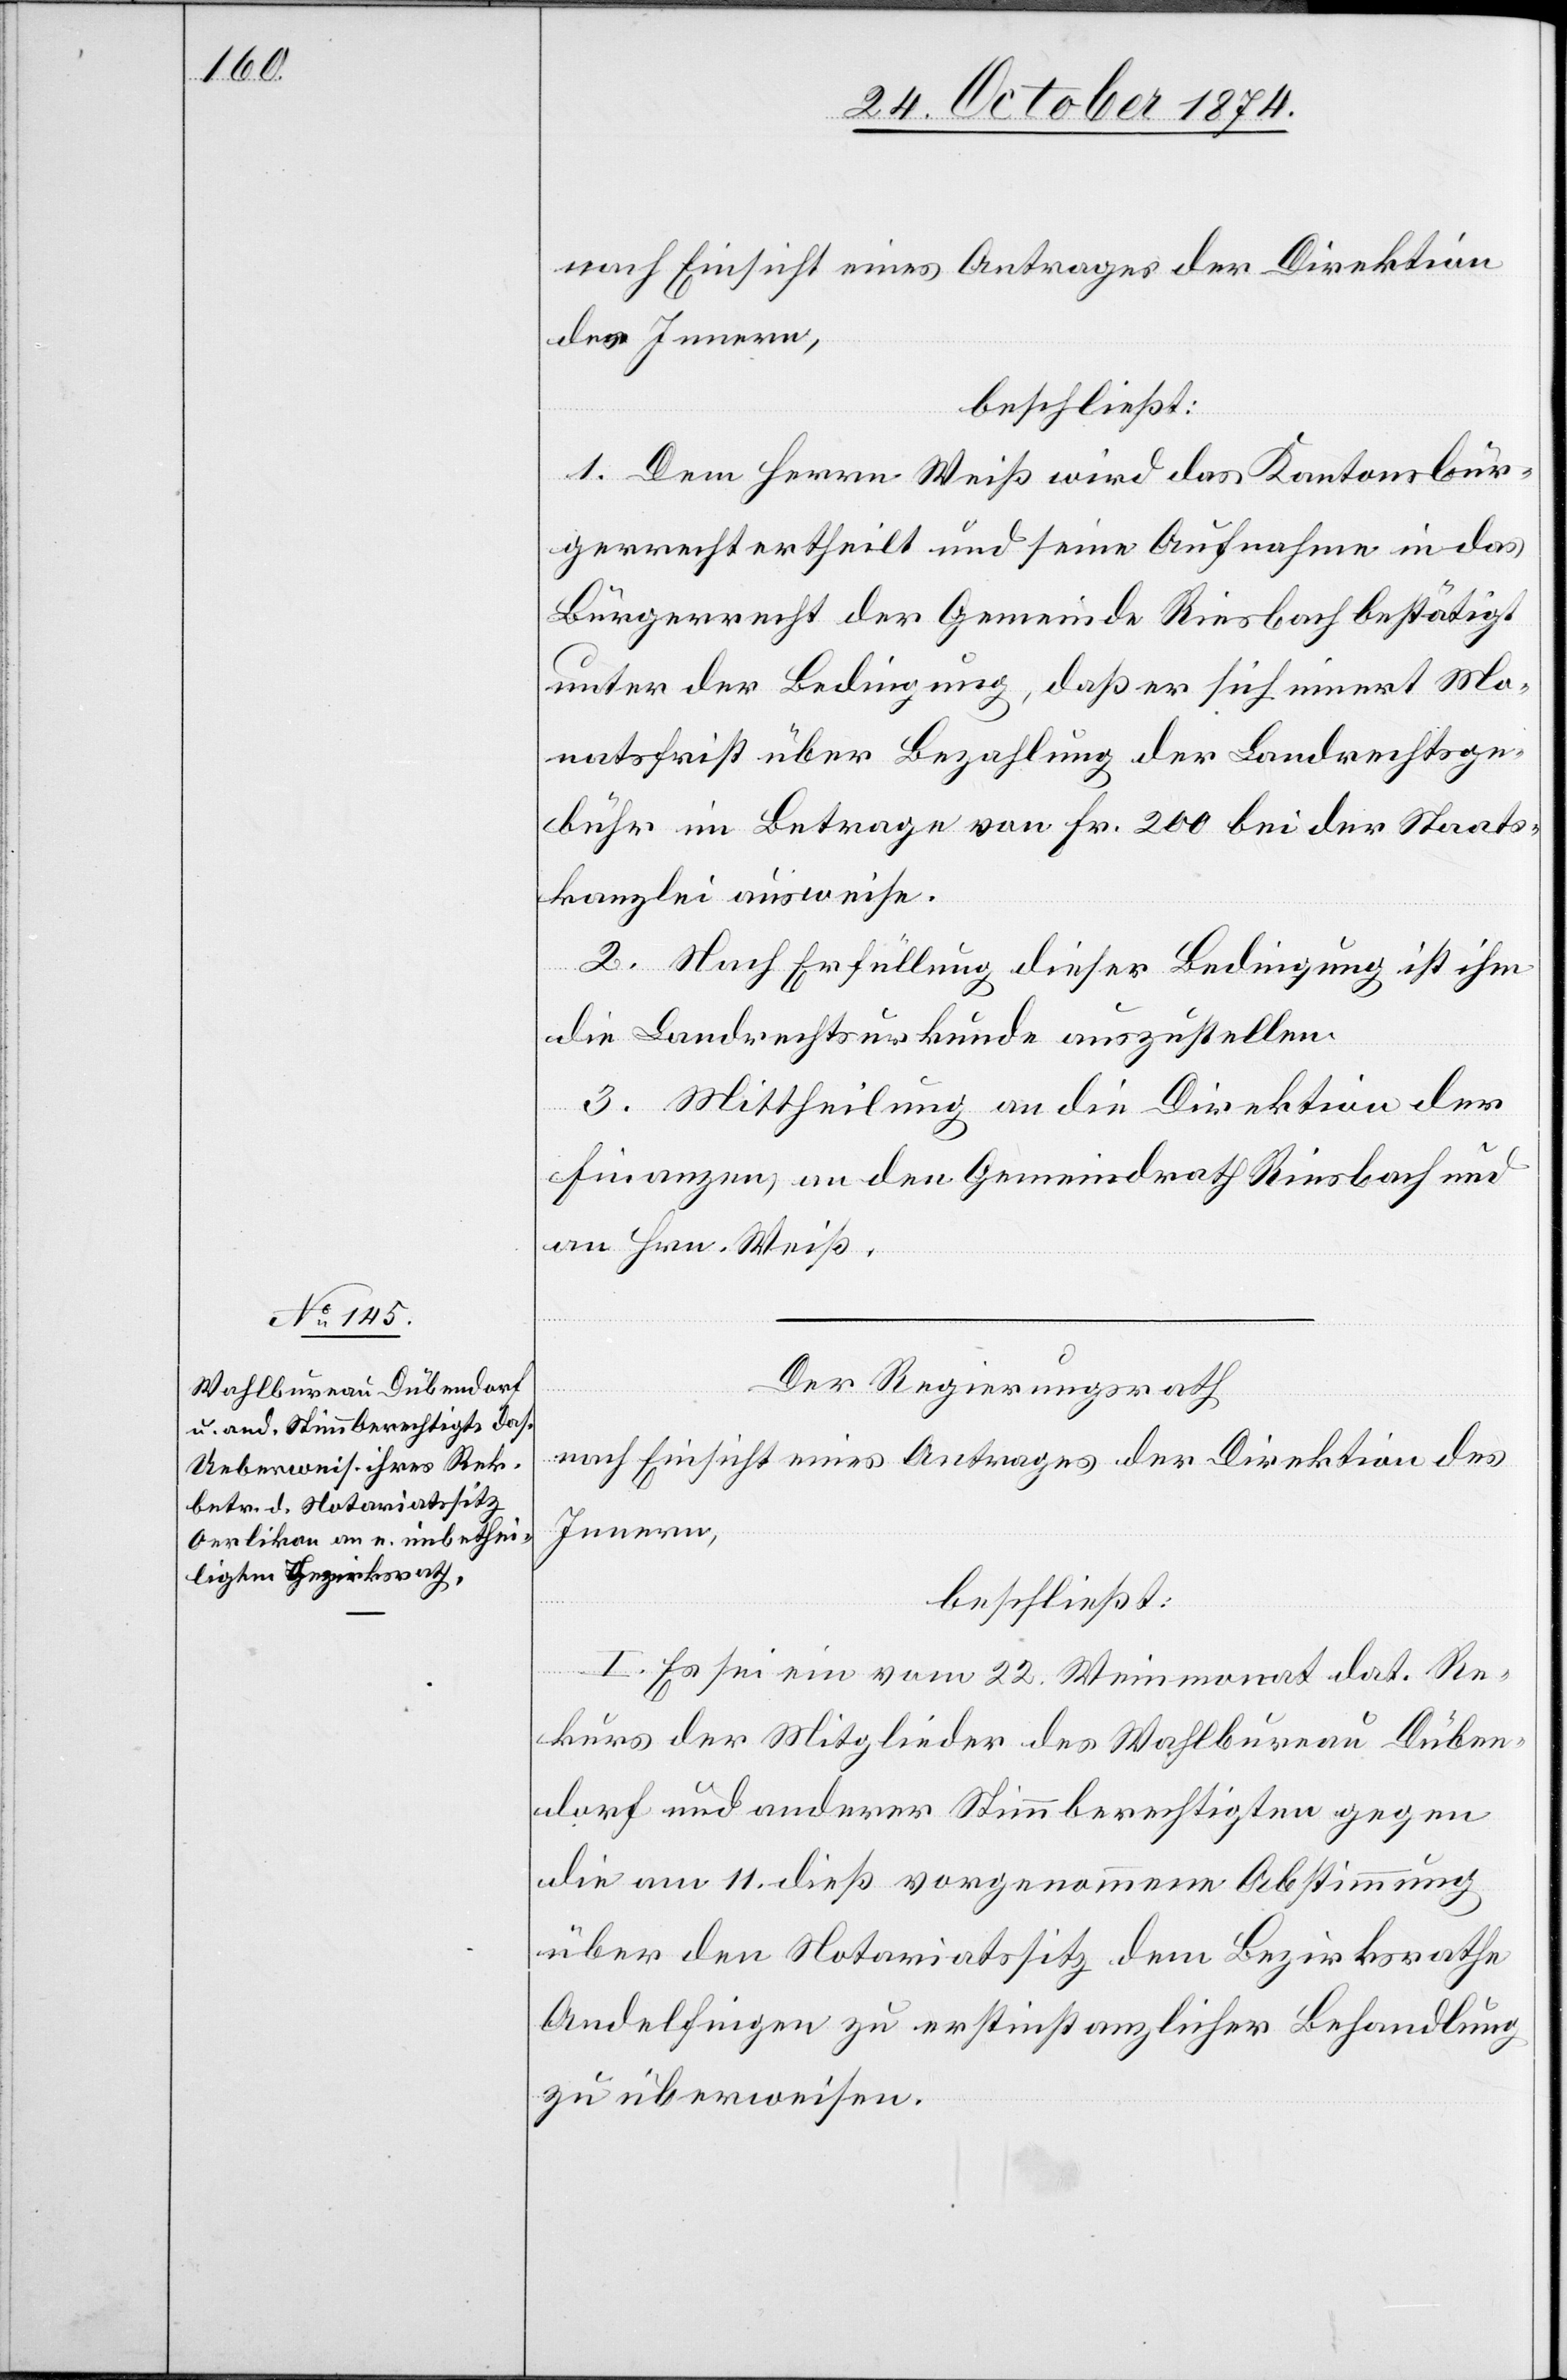
nach Einsicht eines Antrages der Direktion
des Innern,
beschließt:
1. Dem Herrn Weiß wird das Kantonsbür¬
gerrecht ertheilt und seine Aufnahme in das
Bürgerrecht der Gemeinde Riesbach bestätigt
unter der Bedingung, daß er sich innert Mo¬
natsfrist über Bezahlung der Landrechtsge¬
bühr im Betrage von Fr. 200 bei der Staats¬
kanzlei ausweise.
2. Nach Erfüllung dieser Bedingung ist ihm
die Landrechtsurkunde auszustellen.
3. Mittheilung an die Direktion der
Finanzen, an den Gemeindrath Riesbach und
an Hrn. Weiß.
Der Regierungsrath
nach Einsicht eines Antrages der Direktion des
Innern,
beschließt:
I. Es sei ein vom 22. Weinmonat dat. Re¬
kurs der Mitglieder des Wahlbureau Düben¬
dorf und anderer Stimmberechtigten gegen
die am 11. dieß vorgenommene Abstimmung
über den Notariatssitz dem Bezirksrathe
Andelfingen zu erstinstanzlicher Behandlung
zu überweisen.